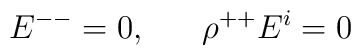
E^{--}=0,\ \ \ \ \ \rho^{++}E^{i}=0